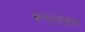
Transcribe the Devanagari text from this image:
रूपावलोकन